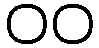
၀၀